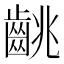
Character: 𪘈